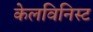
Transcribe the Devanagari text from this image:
केलविनिस्ट